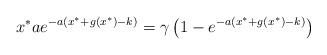
LaTeX: \begin{align*} x^*ae^{-a(x^*+g(x^*)-k)} = \gamma\left(1-e^{-a(x^*+g(x^*)-k)}\right)\end{align*}